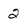
Character: 2